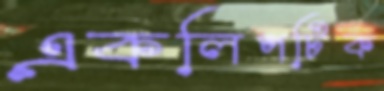
একলিপটিক